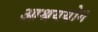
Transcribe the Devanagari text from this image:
आश्रययोग